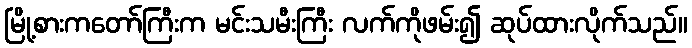
မြို့စားကတော်ကြီးက မင်းသမီးကြီး လက်ကိုဖမ်း၍ ဆုပ်ထားလိုက်သည်။